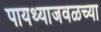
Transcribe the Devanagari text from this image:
पायथ्याजवळच्या